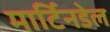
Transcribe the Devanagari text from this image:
मार्टिनडेल